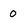
Character: 0